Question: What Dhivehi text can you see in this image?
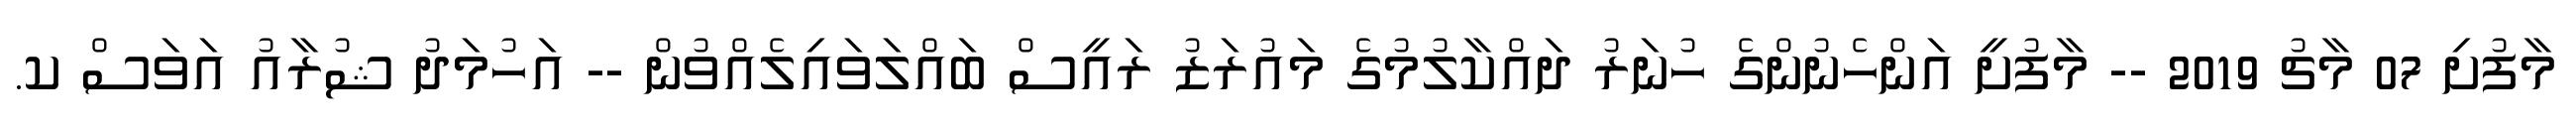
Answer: މާފުށި 07 މާޗު 2019 -- މާފުށީ އަންހެނުންގެ ހުނަރު ދައްކާލުމުގެ މައުރަޒު ރައީސް ބައްލަވައިލެއްވުން -- އަހުމަދު ޝުރާއު އަވަސް ކ.